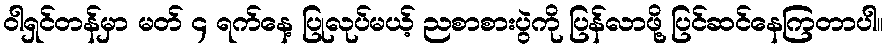
ဝါရှင်တန်မှာ မတ် ၄ ရက်နေ့ ပြုလုပ်မယ့် ညစာစားပွဲကို ပြန်လာဖို့ ပြင်ဆင်နေကြတာပါ။